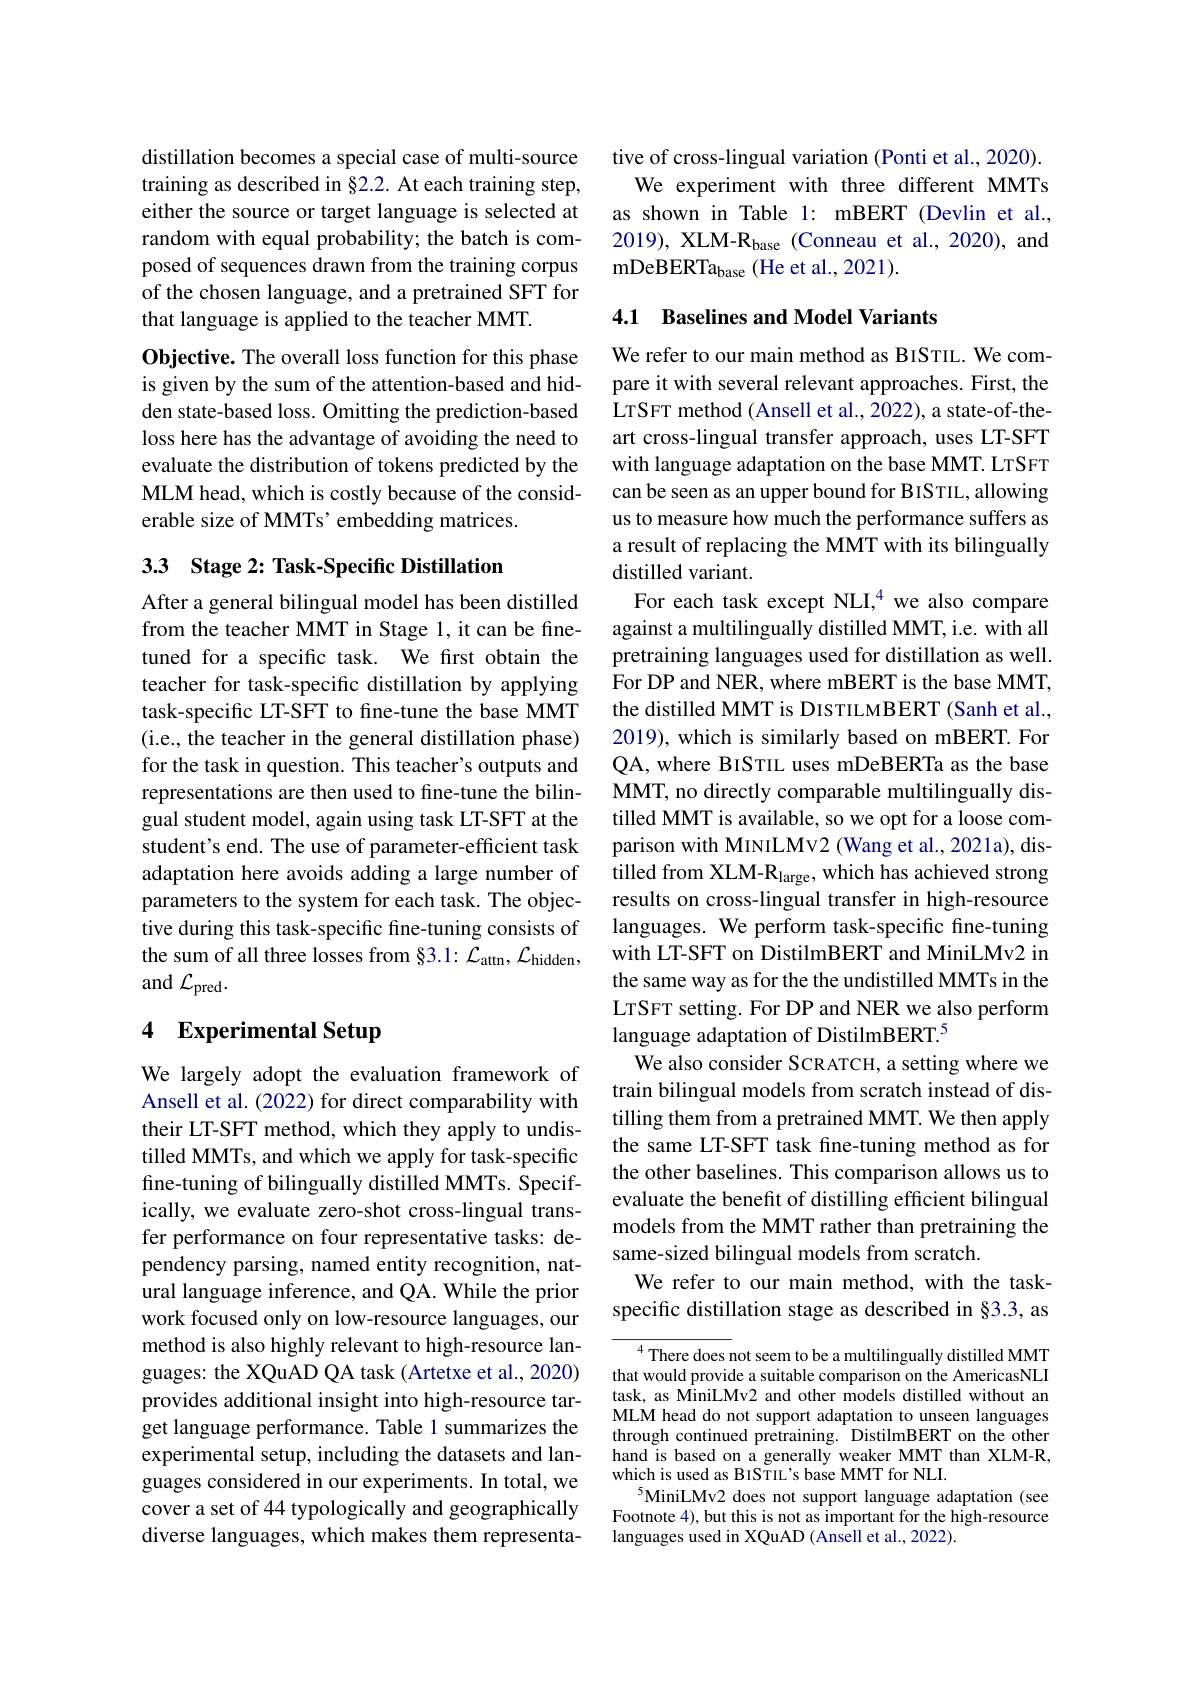
distillation becomes a special case of multi-source training as described in §2.2. At each training step, either the source or target language is selected at random with equal probability; the batch is composed of sequences drawn from the training corpus of the chosen language, and a pretrained SFT for that language is applied to the teacher MMT.

Objective. The overall loss function for this phase is given by the sum of the attention-based and hidden state-based loss. Omitting the prediction-based loss here has the advantage of avoiding the need to evaluate the distribution of tokens predicted by the MLM head, which is costly because of the considerable size of MMTs' embedding matrices.

# 33 Stage 2: Task-Specific Distillation

After a general bilingual model has been distilled from the teacher MMT in Stage 1, it can be finetuned for a specific task. We first obtain the teacher for task-specific distillation by applying task-specific LT-SFT to fine-tune the base MMT (i.e., the teacher in the general distillation phase) for the task in question. This teacher's outputs and representations are then used to fine-tune the bilingual student model, again using task LT-SFT at the student's end. The use of parameter-efficient task adaptation here avoids adding a large number of parameters to the system for each task. The objective during this task-specific fine-tuning consists of the sum of all three losses from §3.1: ${\mathcal L}_{\mathrm{attn}},{\mathcal L}_{\mathrm{hidden}}$, and $\mathcal{L}_\mathrm{pred}.$

# 4 Experimental Setup

We largely adopt the evaluation framework of Ansell et al. (2022) for direct comparability with their LT-SFT method, which they apply to undistilled MMTs, and which we apply for task-specific fine-tuning of bilingually distilled MMTs. Specifically, we evaluate zero-shot cross-lingual transfer performance on four representative tasks: dependency parsing, named entity recognition, natural language inference, and QA. While the prior work focused only on low-resource languages, our method is also highly relevant to high-resource languages: the XQuAD QA task (Artetxe et al., 2020) provides additional insight into high-resource target language performance. Table 1 summarizes the experimental setup, including the datasets and languages considered in our experiments. In total, we cover a set of 44 typologically and geographically diverse languages, which makes them representa-

tive of cross-lingual variation (Ponti et al., 2020).
We experiment with three different MMTs as shown in Table 1: mBERT (Devlin et al., 2019), XLM-R$_\mathrm{base}$ (Conneau et al.,2020), and mDeBERTa$_\mathrm{base}$ (He et al., 2021).

## 4.1 Baselines and Model Variants

We refer to our main method as BISTIL. We compare it with several relevant approaches. First, the LTSFT method (Ansell et al., 2022), a state-of-theart cross-lingual transfer approach, uses LT-SFT with language adaptation on the base MMT. LTSFT can be seen as an upper bound for BISTIL, allowing us to measure how much the performance suffers as a result of replacing the MMT with its bilingually distilled variant.
For each task except NLI,$^{4}$ we also compare against a multilingually distilled MMT, i.e. with all pretraining languages used for distillation as well. For DP and NER, where mBERT is the base MMT, the distilled MMT is DISTILMBERT (Sanh et al., 2019), which is similarly based on mBERT. For QA, where BISTIL uses mDeBERTa as the base MMT, no directly comparable multilingually distilled MMT is available, so we opt for a loose comparison with MINILMv2 (Wang et al., 2021a), distilled from XLM-R$_\mathrm{large}$, which has achieved strong results on cross-lingual transfer in high-resource languages. We perform task-specific fine-tuning with LT-SFT on DistilmBERT and MiniLMv2 in the same way as for the the undistilled MMTs in the LTSFT setting. For DP and NER we also perform language adaptation of DistilmBERT.$^{5}$
We also consider SCRATCH, a setting where we train bilingual models from scratch instead of distilling them from a pretrained MMT. We then apply the same LT-SFT task fine-tuning method as for the other baselines. This comparison allows us to evaluate the benefit of distilling efficient bilingual models from the MMT rather than pretraining the same-sized bilingual models from scratch.
We refer to our main method, with the taskspecific distillation stage as described in §3.3, as

${\overline{{^4}\text{There does }}}$not seem to be a multilingually distilled MMT that would provide a suitable comparison on the AmericasNLI task, as MiniLMv2 and other models distilled without an MLM head do not support adaptation to unseen languages through continued pretraining. DistilmBERT on the other hand is based on a generally weaker MMT than XLM-R, which is used as BISTIL's base MMT for NLI.
$^{5}$MiniLMv2 does not support language adaptation (see Footnote 4),but this is not as important for the high-resource languages used in XQuAD (Ansell et al., 2022).